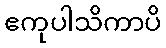
ဧကုပါသိကာပိ